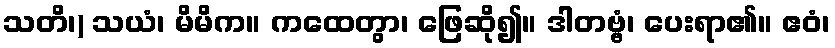
သတိ၊) သယံ၊ မိမိက။ ကထေတွာ၊ ဖြေဆို၍။ ဒါတဗ္ဗံ၊ ပေးရာ၏။ ဧဝံ၊